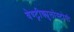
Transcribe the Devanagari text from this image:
वेण्ट्रीक्युलोस्टोमी